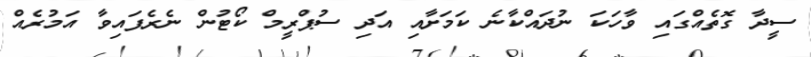
ސީދާ ގޮތެއްގައި ވާހަކަ ނުދައްކާނެ ކަމަށާއި އަދި ސުޕްރީމް ކޯޓުން ނެރެފައިވާ އަމުރެއް